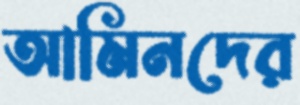
আমিনদের